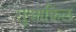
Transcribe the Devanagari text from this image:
गुआक्विल